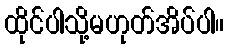
ထိုင်ပါသို့မဟုတ်အိပ်ပါ။